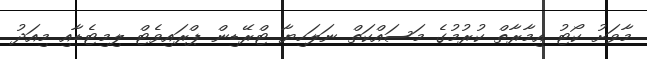
މާވަށު ކޯޓު އިމާރާތް ކުރުމުގެ މަސައްކަތް ނަލަހިޔާ ޓްރޭޑިން ޕްރައިވެޓް ލިމިޓެޑާއި މިއަދު